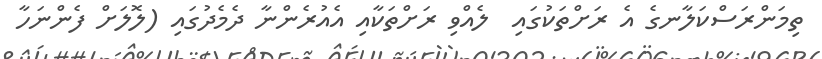
ތިމަންރަސްކަލާނގެ އެ ރަށްތަކުގައި  ލެއްވި ރަށްތަކާއި އެއުރެންނާ ދެމެދުގައި (ލޮލަށް ފެންނަހާ